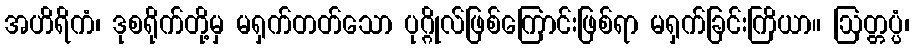
အဟိရိကံ၊ ဒုစရိုက်တို့မှ မရှက်တတ်သော ပုဂ္ဂိုလ်ဖြစ်ကြောင်းဖြစ်ရာ မရှက်ခြင်းကြိယာ။ ဩတ္တပ္ပံ၊